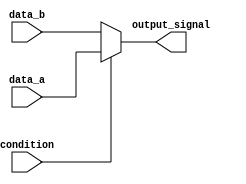
module conditional_assignment (
    input wire condition,         // Control signal
    input wire [7:0] data_a,     // First data input
    input wire [7:0] data_b,     // Second data input
    output wire [7:0] output_signal // Output signal
);

// Continuous assignment using the ternary operator
assign output_signal = (condition) ? data_a : data_b;

endmodule